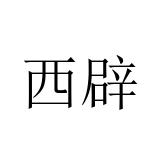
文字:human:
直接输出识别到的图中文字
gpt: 西辟